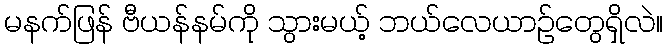
မနက်ဖြန် ဗီယန်နမ်ကို သွားမယ့် ဘယ်လေယာဉ်တွေရှိလဲ။